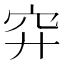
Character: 𥤰